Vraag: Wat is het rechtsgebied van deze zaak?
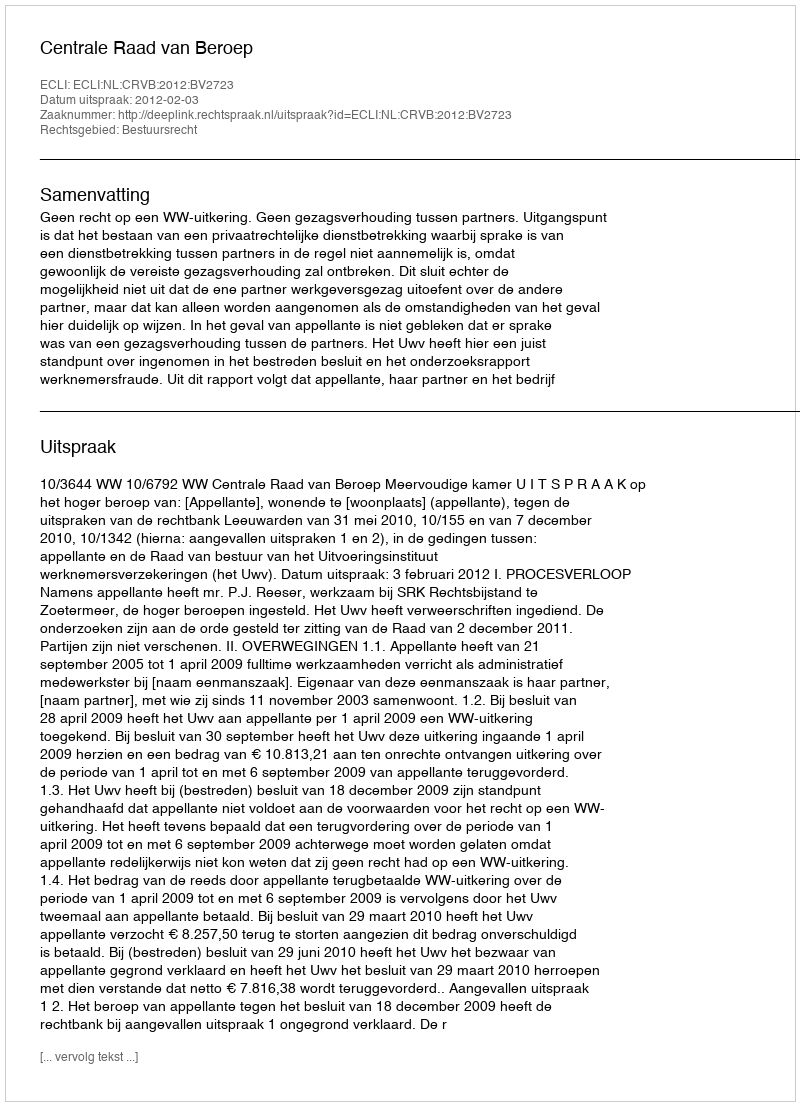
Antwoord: Bestuursrecht